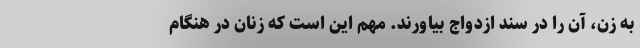
به زن، آن را در سند ازدواج بیاورند. مهم این است که زنان در هنگام